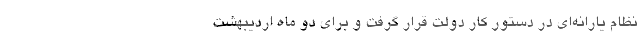
نظام یارانه‌ای در دستور کار دولت قرار گرفت و برای دو ماه اردیبهشت‌